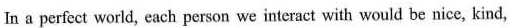
In a perfect world, each person we interact with would be nice, kind,